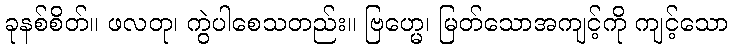
ခုနစ်စိတ်။ ဖလတု၊ ကွဲပါစေသတည်း။ ဗြဟ္မေ၊ မြတ်သောအကျင့်ကို ကျင့်သော